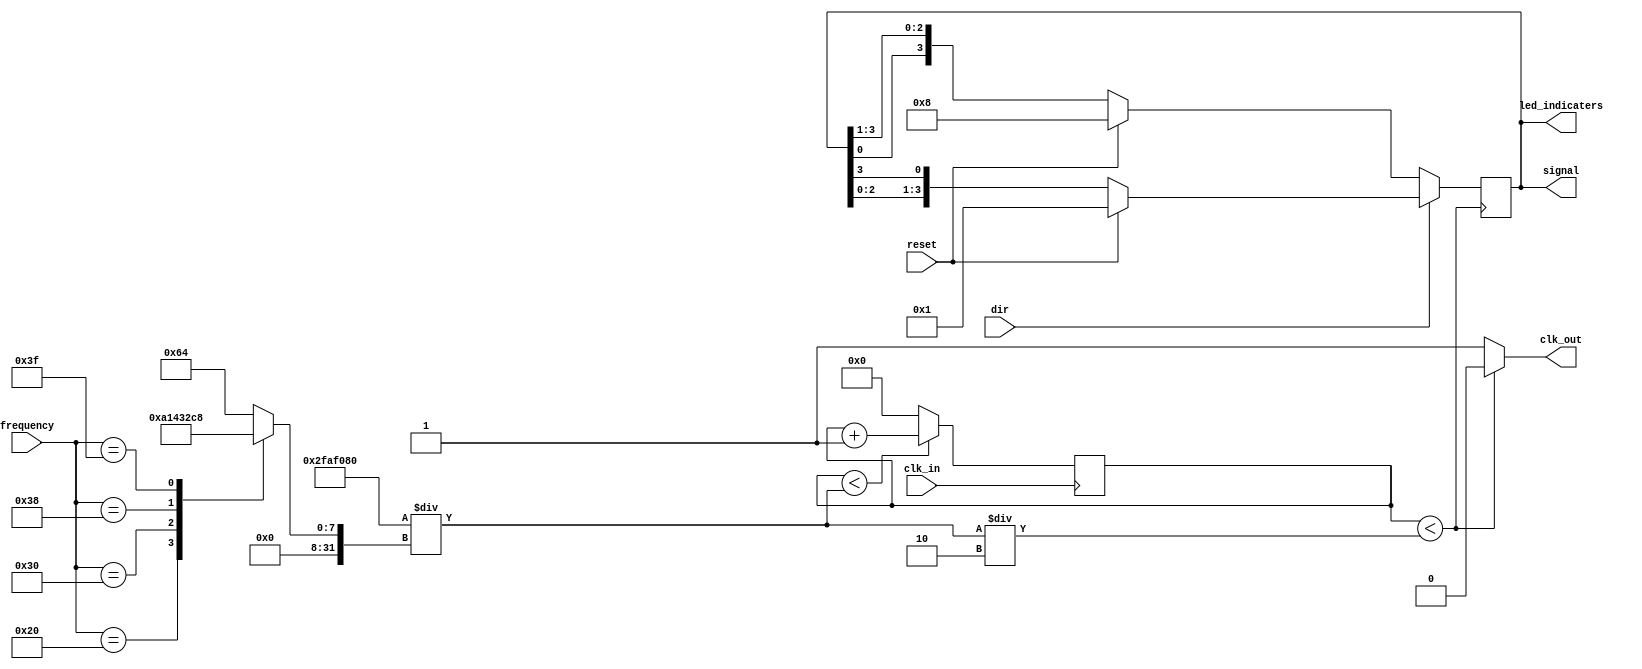

//Vivek Samani 22bec105
//Special Assignment FPGA based SD
//Stepper motor controller

module Stepper_Motor_Controller(clk_in, clk_out, reset, signal, led_indicaters, dir, frequency);

// Frequency vector
input [0:5] frequency;

// LED INDICATORS FOR SIGNAL
output [3:0] led_indicaters;

input reset;   // Synchronous reset input (Active Low)
input dir;		// Direction pin
output reg [3:0] signal;  // 4-bit output

	assign led_indicaters[0] = signal[0];
	assign led_indicaters[1] = signal[1];
	assign led_indicaters[2] = signal[2];
	assign led_indicaters[3] = signal[3];

	
// Clock divider

input clk_in;
output reg clk_out;
reg [31:0] counter=0;

parameter sys_clk = 50000000;
integer req_clk = 100;
integer max;

always@(*)
begin
	max = sys_clk/req_clk;
end

// Always block for clock divider

always @(posedge clk_in)
	begin
		if (counter < max)
		  counter <= counter + 1'd1;
		else
		  counter = 4'b0000;
	end

always@(counter)
   begin
		if (counter < (max/2))
		  clk_out = 0;	
		else
		  clk_out = 1;	
	end

// Always block to handle signal logic
always @(posedge clk_out)
begin
		if(dir)
		begin
			if (reset) 
			begin
				// Reset signal to initial state
				signal <= 4'b0001;
			end else 
			begin
				// Shift the high bit to the left
				signal <= {signal[2:0], signal[3]};
			end
		end
		// Else block will change direction of motor
		else 
		begin
			if (reset) 
			begin
				// Reset signal to initial state
				signal <= 4'b1000;
			end else 
			begin
				// Shift the low bit to the right
				signal <= {signal[0], signal[3:1]};
			end
		end
end

// Always block for variable frequency using toggle switches
always@(*)
begin
	case(frequency)
    		6'b100000: req_clk = 10;
    		6'b110000: req_clk = 20;
    		6'b111000: req_clk = 50;
    		6'b111100: req_clk = 100;
    		6'b111111: req_clk = 200;
    		default  req_clk = 100; // default value when none of the conditions are met
	endcase
end
	
endmodule